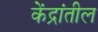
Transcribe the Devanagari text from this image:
केंद्रांतील